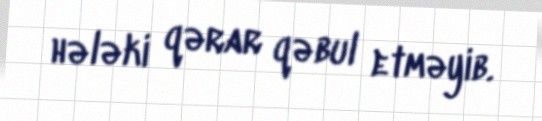
hələki qərar qəbul etməyib.